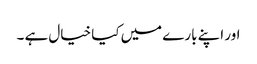
اور اپنے بارے میں کیا خیال ہے ۔